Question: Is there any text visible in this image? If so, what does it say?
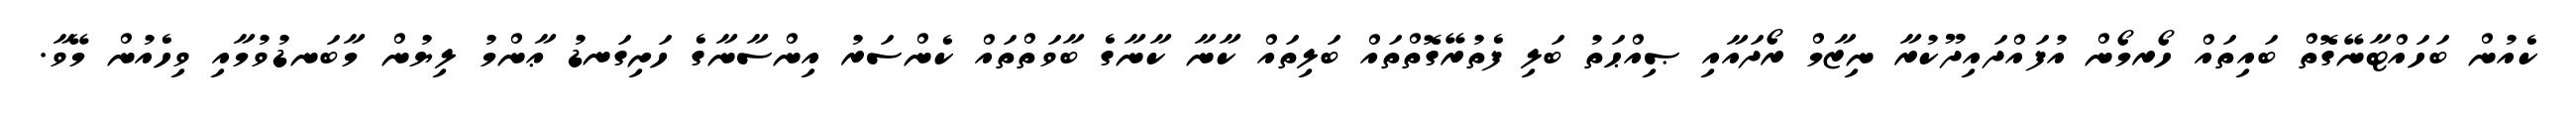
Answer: ކެއުން ބަހައްޓާނޭގޮތް ބައިތައް ހޯރމޯން އުފައްދައިދޫކުރާ ނިޒާމް ރޯދައާއި ޞިއްޙަތު ބަލި ފެތުރޭގޮތްތައް ބަލިތައް ކާނާ ކާނާގެ ބާވަތްތައް ކެންސަރު އިންސާނާގެ ހަށިގަނޑު ޢާންމު ލިޔުން މާބަނޑުވުމާއި ވިހެއުން މޭވާ.